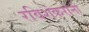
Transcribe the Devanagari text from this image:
रविशंकरांनी